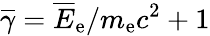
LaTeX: \overline{{\gamma}}=\overline{E}_{\mathrm{e}}/m_{\mathrm{e}}c^{2}+1